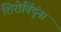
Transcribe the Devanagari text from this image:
शिरोबिंदूंना